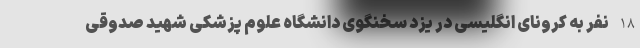
18 نفر به کرونای انگلیسی در یزد سخنگوی دانشگاه علوم پزشکی شهید صدوقی